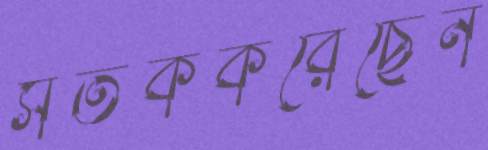
সতর্ককরেছেন